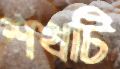
শখটি